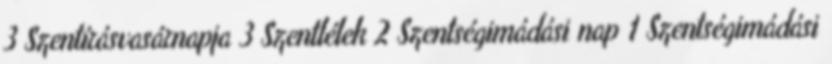
3 Szentírásvasárnapja 3 Szentlélek 2 Szentségimádási nap 1 Szentségimádási